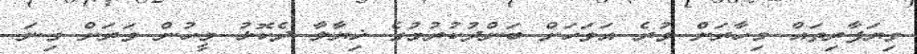
ވިޔަފާރިތައް މިހާރަށް ވުރެ އަވަހަށް ބަންދުކުރުމުގެ ޚިޔާލާ ދެކޮޅު މީހުން ވަރަށް ގިނަ